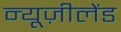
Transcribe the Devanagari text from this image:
न्यूज़ीलेंड